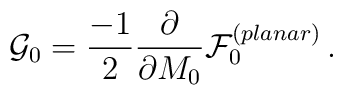
{\cal G}_{0}=\frac{-1}{2}\frac{\partial }{\partial M_{0}}{\cal F}_{0}^{(planar)}\,.